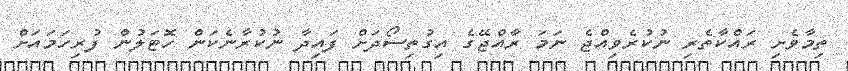
ތިމާވެށި ރައްކާތެރި ނުކުރެވިއްޖެ ނަމަ ރާއްޖޭގެ އިގުތިސޯދަށް ފައިދާ ނުކުރާނެކަން ހޮޓަލުން ފުރިހަމައަށް